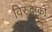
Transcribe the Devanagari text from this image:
विरुवाको